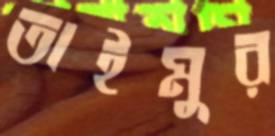
তাইমুর